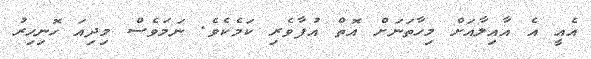
އެއީ އެ އާއިލާއަށް މިހާތަނަށް އޮތް އުފާވެރި ކަމެކެވެ. ނަމަވެސް މިދިއަ ހޮނިހިރު